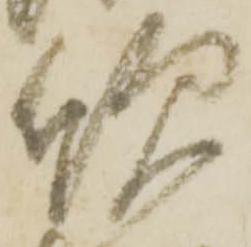
欣